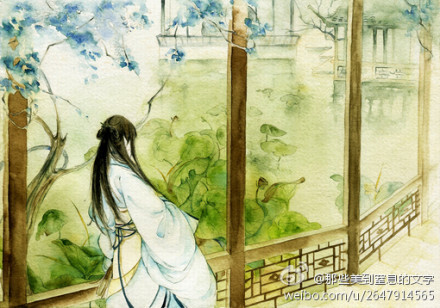
独立小桥风满袖，平林新月人归后。